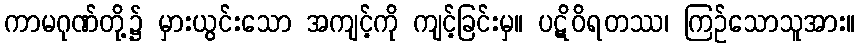
ကာမဂုဏ်တို့၌ မှားယွင်းသော အကျင့်ကို ကျင့်ခြင်းမှ။ ပဋိဝိရတဿ၊ ကြဉ်သောသူအား။